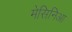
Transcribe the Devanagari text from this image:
मेसिनिआ